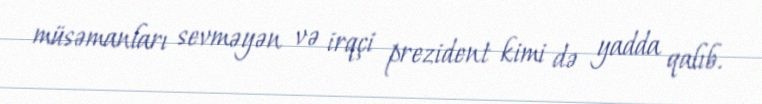
müsəmanları sevməyən və irqçi prezident kimi də yadda qalıb.